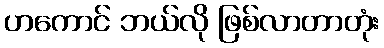
ဟကောင် ဘယ်လို ဖြစ်လာတာတုံး